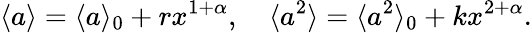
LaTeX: \langle a\rangle=\langle a\rangle_{0}+rx^{1+\alpha},\quad\langle a^{2}\rangle=\langle a^{2}\rangle_{0}+kx^{2+\alpha}.